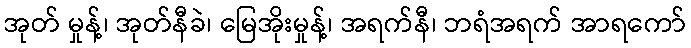
အုတ် မှုန့်၊ အုတ်နီခဲ၊ မြေအိုးမှုန့်၊ အရက်နီ၊ ဘရံအရက် အာရကော်